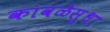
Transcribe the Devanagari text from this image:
कावळेसुधा